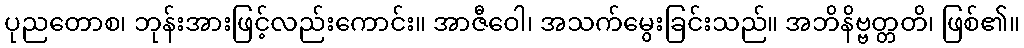
ပုညတောစ၊ ဘုန်းအားဖြင့်လည်းကောင်း။ အာဇီဝေါ၊ အသက်မွေးခြင်းသည်။ အဘိနိဗ္ဗတ္တတိ၊ ဖြစ်၏။